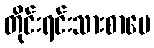
တိုင်းရင်းသားစာပေ